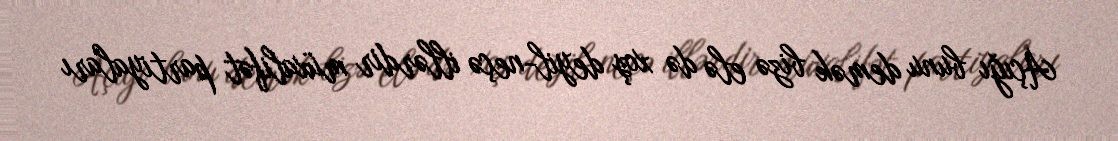
Açığı bunu demək bizə elə də xoş deyil-neçə illərdir müxalifət partiyaları